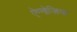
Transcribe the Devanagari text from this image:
ऐग्नोज़िया